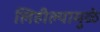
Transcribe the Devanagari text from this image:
लिहील्यामुळे